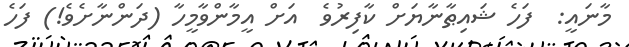
މާނައީ:  ފަހެ ޝައިޠާނާޔަށް ކާފިރުވެ  އަށް އީމާންވާމީހާ (ދަންނާށެވެ!) ފަހެ